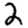
Digit: 2